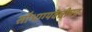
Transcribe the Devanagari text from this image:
सौभाग्यवतीपद